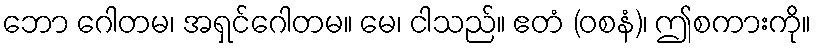
ဘော ဂေါတမ၊ အရှင်ဂေါတမ။ မေ၊ ငါသည်။ ဧတံ (ဝစနံ)၊ ဤစကားကို။